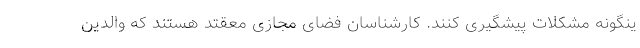
ینگونه مشکلات پیشگیری کنند. کارشناسان فضای مجازی معقتد هستند که والدین